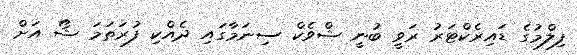
ފިލްމުގެ ޑައިރެކްޓަރު ރަވީ ބުނީ ޝްވެކް ސިނަމާގައި ދެއްކި ފުރަތަމަ ޝޯ އަށް